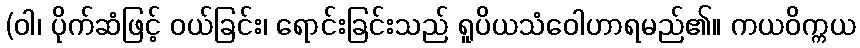
(ဝါ၊ ပိုက်ဆံဖြင့် ဝယ်ခြင်း၊ ရောင်းခြင်းသည် ရူပိယသံဝေါဟာရမည်၏။ ကယဝိက္ကယ